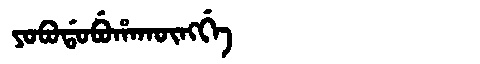
Manchu: ᠶᠣᠪᠣᡩᠣᠪᡠᡥᠠᡴᡡᠩᡤᡝ
Romanization: YOBODOBUHAKŪNGGE